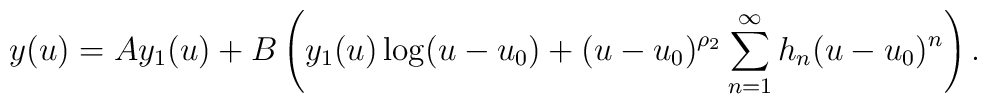
y(u) = A y_1(u) + B \left(y_1(u) \log(u - u_0) + (u-u_0)^{\rho_2} \sum\limits_{n=1}^\infty h_n(u-u_0)^n\right).